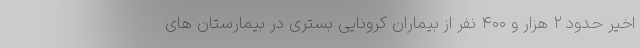
اخیر حدود ۲ هزار و ۴۰۰ نفر از بیماران کرونایی بستری در بیمارستان های